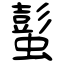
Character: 蟚